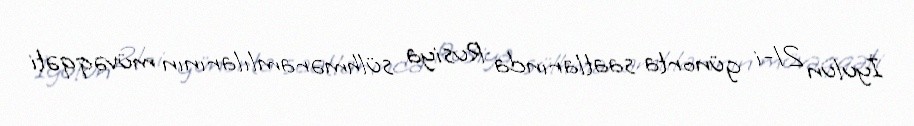
İyulun 21-i günorta saatlarında Rusiya sülhməramlılarının müvəqqəti